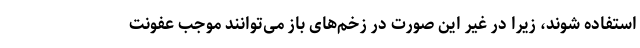
استفاده شوند، زیرا در غیر این صورت در زخم‌های باز می‌توانند موجب عفونت